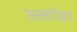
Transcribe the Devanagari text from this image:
तत्त्वांपेक्षा